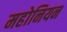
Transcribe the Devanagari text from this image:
महोनियन